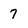
Character: 7